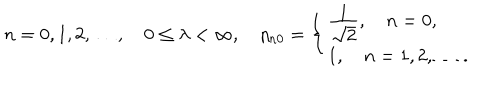
n = 0 , 1 , 2 , \ldots , \quad 0 \leq \lambda < \infty , \quad \eta _ { n 0 } = \left\{ \left\{ \begin{cases} { { \frac { { \displaystyle 1 } } { { \displaystyle \sqrt 2 } } , \quad n = 0 , } } \\ { { 1 , \quad n = 1 , 2 , \ldots \, . } } \\ \end{cases} \right. \right.